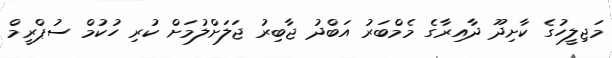
މަޖިލީހުގެ ކާށިދޫ ދާއިރާގެ މެމްބަރު އަބްދު ޖާބިރު ޖަލަށްލުމަށް ކުރި ހުކުމް ސުޕްރީމް